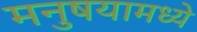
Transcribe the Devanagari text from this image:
मनुषयामध्ये